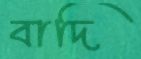
বাদি